65_HS1-834228961_62-HQ-83894_Section_9
Agency: FBI
Page 182
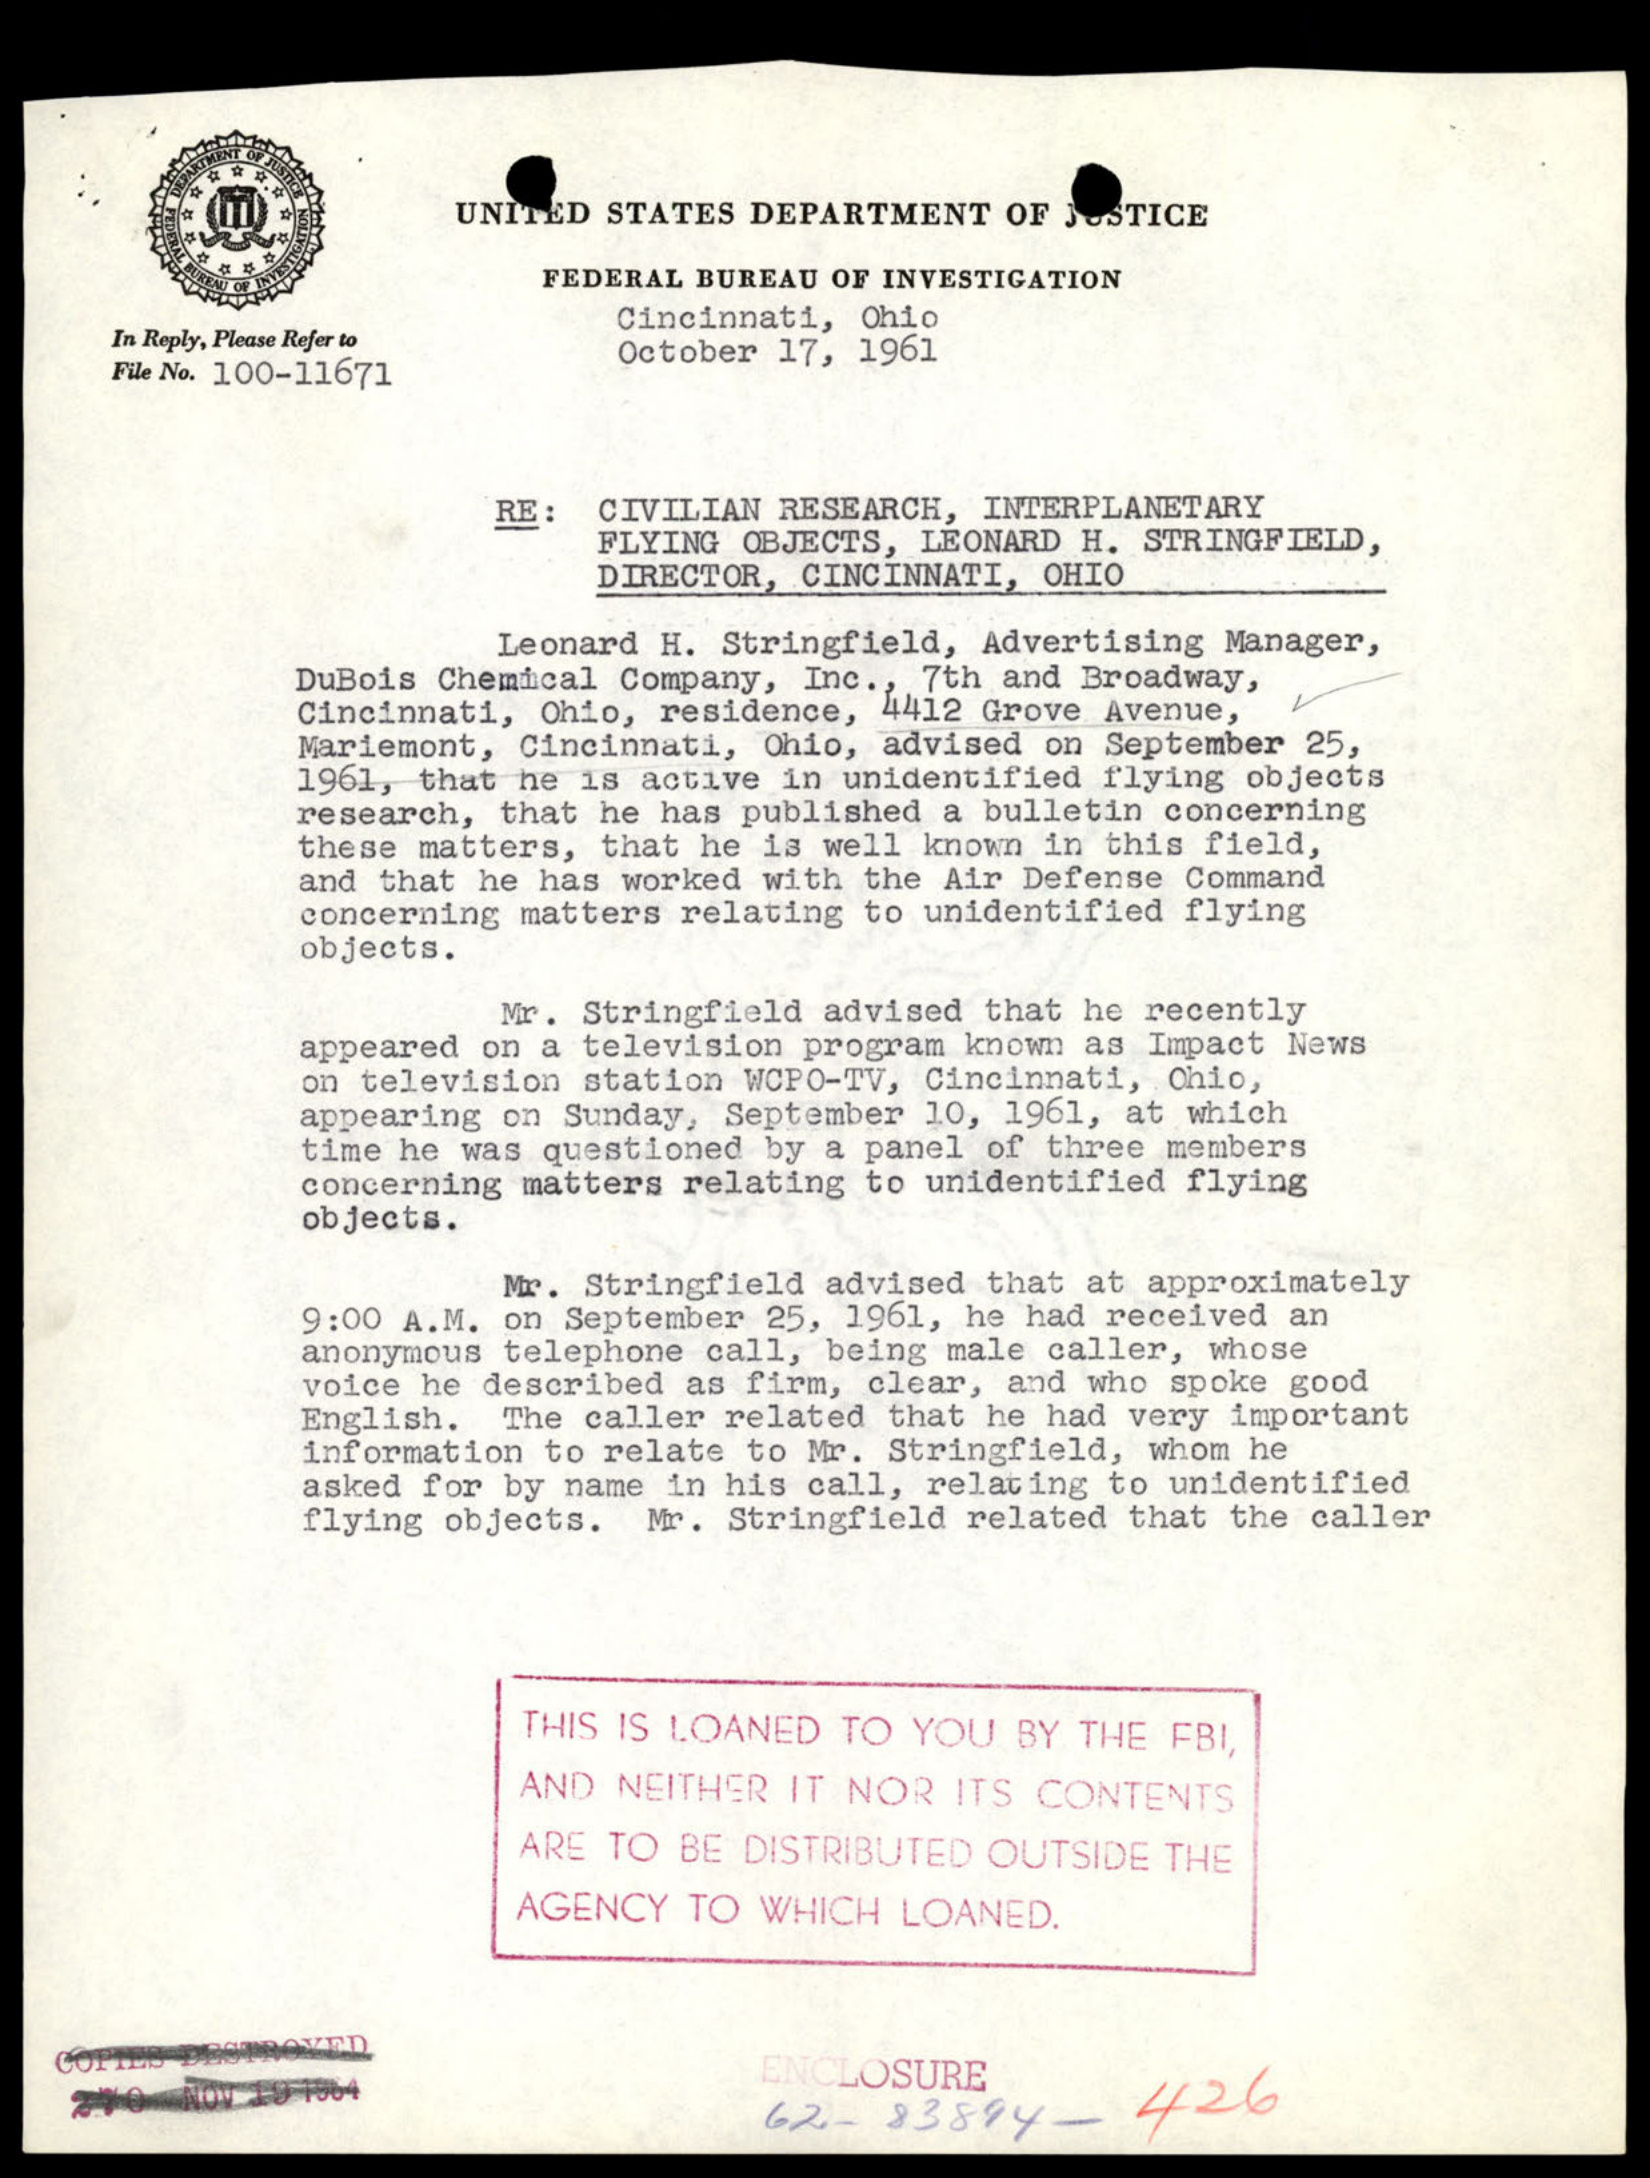